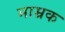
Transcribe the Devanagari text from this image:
माम्रक